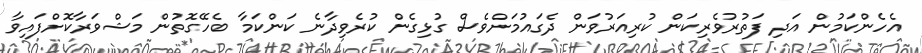
އެހެންކަމުން އަދި ފަތުރުވެރިކަން ކުރިއަރުވަން ދެގައުމަށްވެސް ގުޅިގެން ކުރެވިދާނެ ކަންކަމާ ބެހޭގޮތުން މަޝްވަރާކޮށްފައިވާ